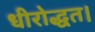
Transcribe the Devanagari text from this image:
धीरोद्धत।